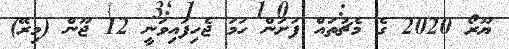
ޔޫރޯ 2020 ގެ މެޗުތައް ފަށަން ހަމަ ޖެހިފައިވަނީ 12 ޖޫން (މިރޭ)